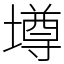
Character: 墫